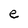
Character: e